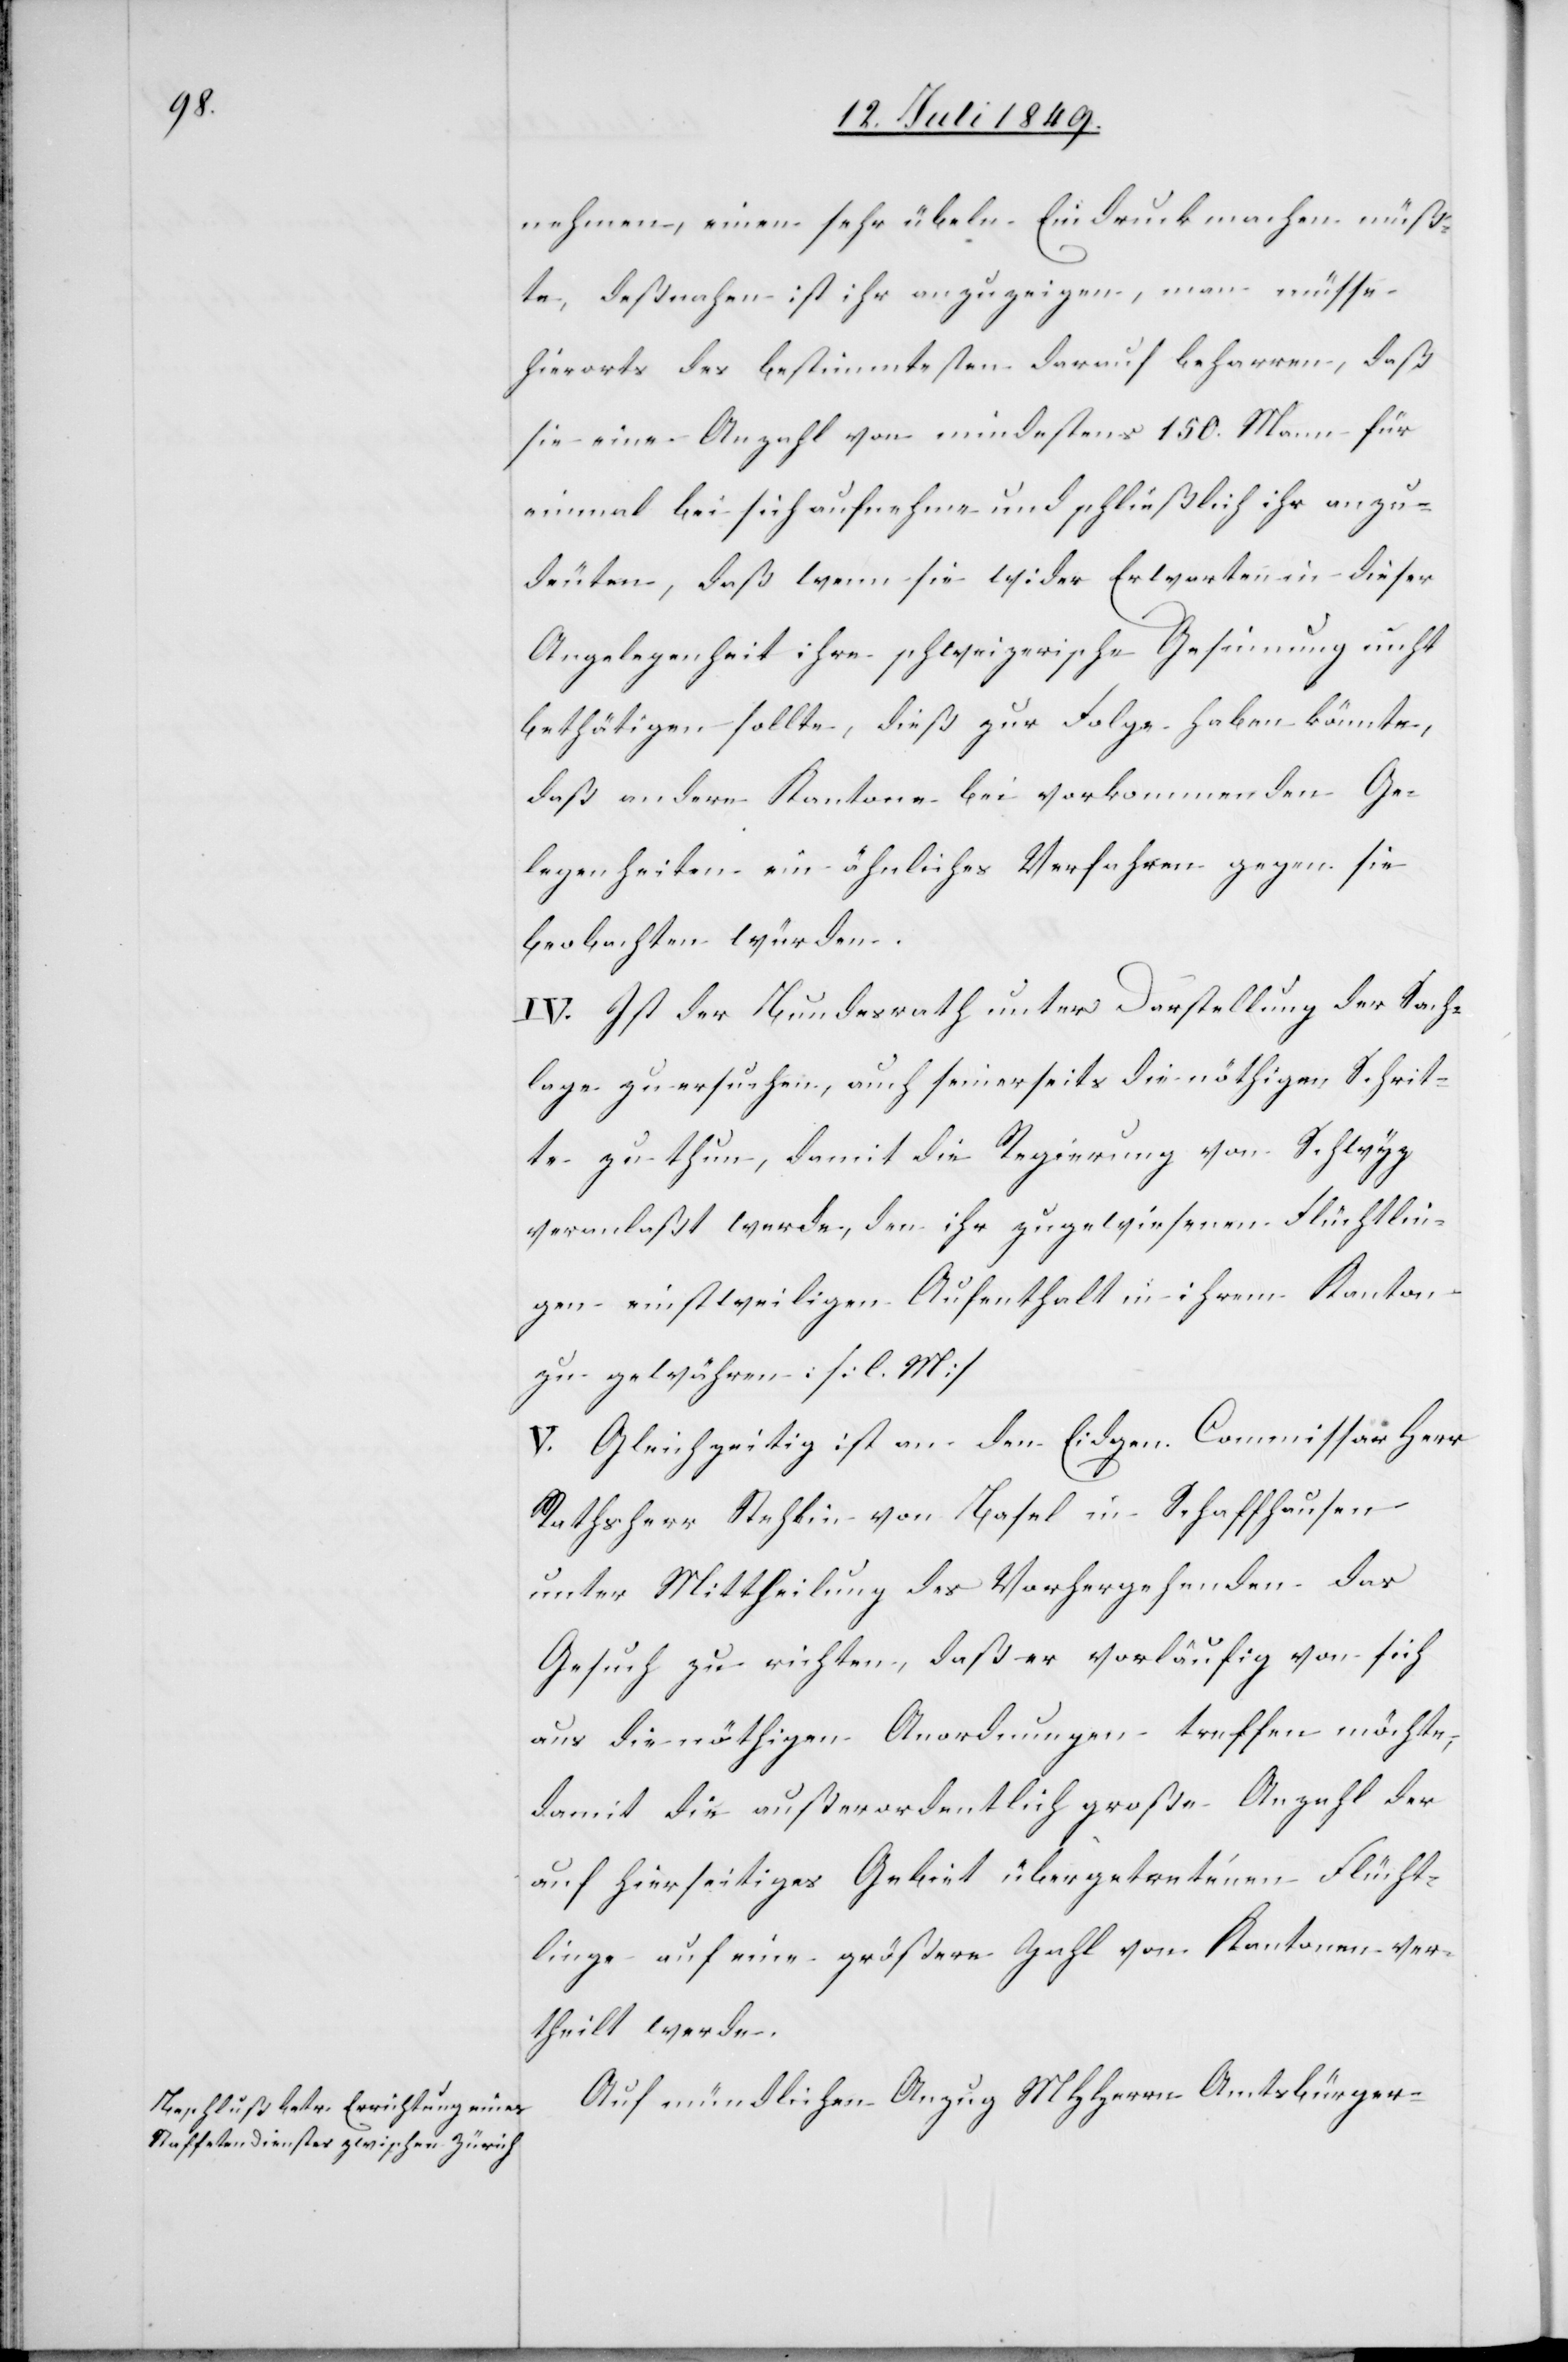
nehmen, einen sehr übeln Eindruck machen müß¬
te, deßnahen ist ihr anzuzeigen, man müsse
hierorts des bestimmtesten darauf beharren, daß
sie eine Anzahl von mindestens 150. Mann für
einmal bei sich aufnehme und schließlich ihr anzu¬
deuten, daß wenn sie wider Erwarten in dieser
Angelegenheit ihre schweizerische Gesinnung nicht
bethätigen sollte, dieß zur Folge haben könnte,
daß andere Kantone bei vorkommenden Ge¬
legenheiten ein ähnliches Verfahren gegen sie
beobachten würden.
IV. Ist der Bundesrath unter Darstellung der Sach¬
lage zu ersuchen, auch seinerseits die nöthigen Schrit¬
te zu thun, damit die Regierung von Schwyz
veranlaßt werde, den ihr zugewiesenen Flüchtlin¬
gen einstweiligen Aufenthalt in ihrem Kanton
zu gewähren: [l. M]
V. Gleichzeitig ist an den Eidgen. Commissär Herr
Rathsherr Stehlin von Basel in Schaffhausen
unter Mittheilung des Vorhergehenden das
Gesuch zu richten, daß er vorläufig von sich
aus die nöthigen Anordnungen treffen möchte,
damit die außerordentlich große Anzahl der
auf hierseitiges Gebiet übergetretenen Flücht¬
linge auf eine größere Zahl von Kantonen ver¬
theilt werde.
Auf mündlichen Anzug MHHerrn Amtsbürger-